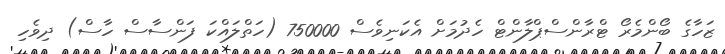
ޒަހާގެ ބޯންމެރޯ ޓްރާންސްޕްލާންޓް ހެދުމަށް އެކަނިވެސް 750000 (ހަތްލައްކަ ފަންސާސް ހާސް) ދިވެހި